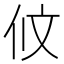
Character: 𠇥